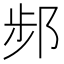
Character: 𨛒